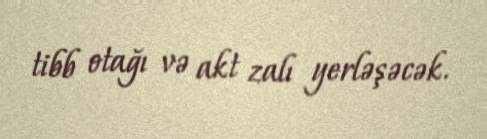
tibb otağı və akt zalı yerləşəcək.